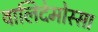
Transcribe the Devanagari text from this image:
वालिदेमोस्सा